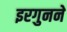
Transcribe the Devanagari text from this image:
इरगुनने